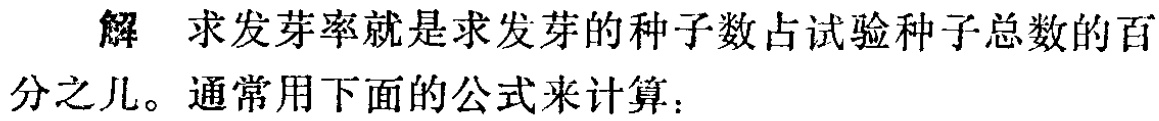
解 求发芽率就是求发芽的种子数占试验种子总数的百分之几。通常用下面的公式来计算：